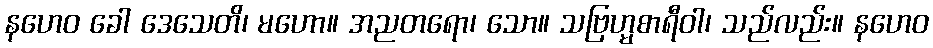
နဟေဝ ခေါ ဒေသေတိ၊ မဟော။ အညတရော၊ သော။ သဗြဟ္မစာရီဝါ၊ သည်လည်း။ နဟေဝ